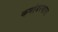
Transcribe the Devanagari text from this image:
कमांडरभारत